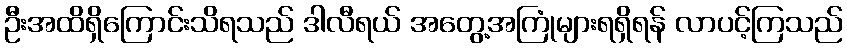
ဦးအထိရှိကြောင်းသိရသည် ဒါလီရယ် အတွေ့အကြုံများရရှိရန် လာပင့်ကြသည်